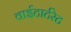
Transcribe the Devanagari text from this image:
वाईटार्टरेट